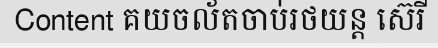
Content គយចល័តចាប់រថយន្ត ស៊េរី